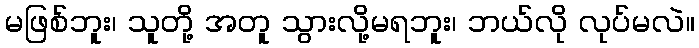
မဖြစ်ဘူး၊ သူတို့ အတူ သွားလို့မရဘူး၊ ဘယ်လို လုပ်မလဲ။